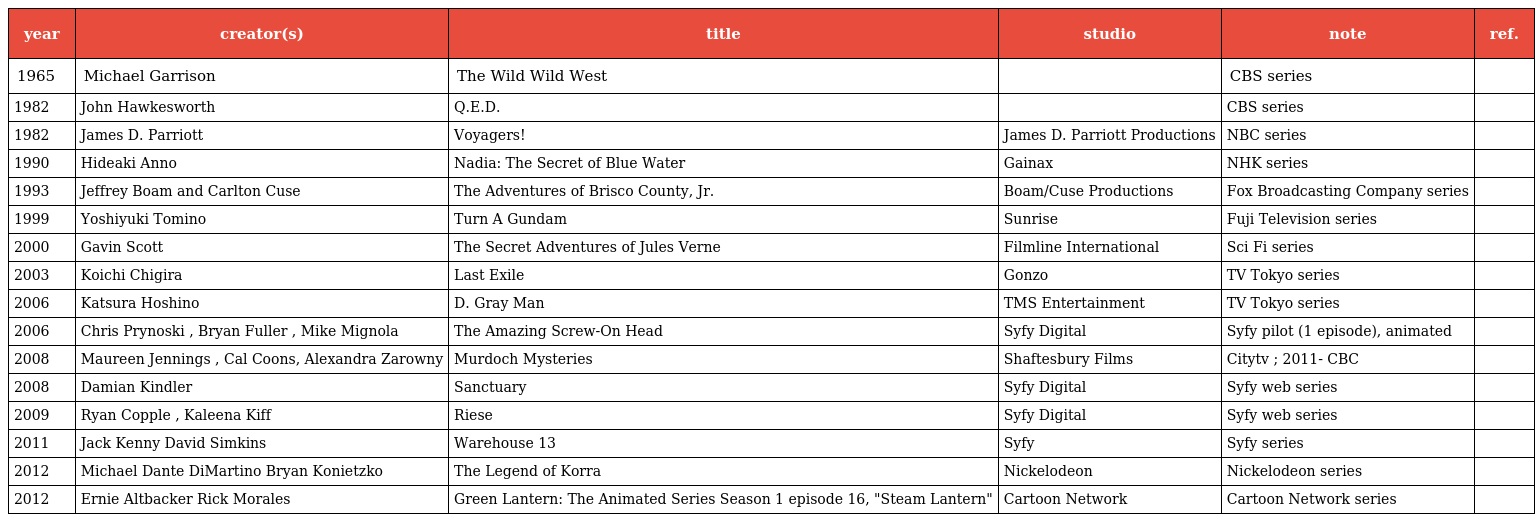
| year | creator(s) | title | studio | note | ref. |
 | --- | --- | --- | --- | --- | --- |
 | 1965 | Michael Garrison | The Wild Wild West |  | CBS series |  |
 | 1982 | John Hawkesworth | Q.E.D. |  | CBS series |  |
 | 1982 | James D. Parriott | Voyagers! | James D. Parriott Productions | NBC series |  |
 | 1990 | Hideaki Anno | Nadia: The Secret of Blue Water | Gainax | NHK series |  |
 | 1993 | Jeffrey Boam and Carlton Cuse | The Adventures of Brisco County, Jr. | Boam/Cuse Productions | Fox Broadcasting Company series |  |
 | 1999 | Yoshiyuki Tomino | Turn A Gundam | Sunrise | Fuji Television series |  |
 | 2000 | Gavin Scott | The Secret Adventures of Jules Verne | Filmline International | Sci Fi series |  |
 | 2003 | Koichi Chigira | Last Exile | Gonzo | TV Tokyo series |  |
 | 2006 | Katsura Hoshino | D. Gray Man | TMS Entertainment | TV Tokyo series |  |
 | 2006 | Chris Prynoski , Bryan Fuller , Mike Mignola | The Amazing Screw-On Head | Syfy Digital | Syfy pilot (1 episode), animated |  |
 | 2008 | Maureen Jennings , Cal Coons, Alexandra Zarowny | Murdoch Mysteries | Shaftesbury Films | Citytv ; 2011- CBC |  |
 | 2008 | Damian Kindler | Sanctuary | Syfy Digital | Syfy web series |  |
 | 2009 | Ryan Copple , Kaleena Kiff | Riese | Syfy Digital | Syfy web series |  |
 | 2011 | Jack Kenny David Simkins | Warehouse 13 | Syfy | Syfy series |  |
 | 2012 | Michael Dante DiMartino Bryan Konietzko | The Legend of Korra | Nickelodeon | Nickelodeon series |  |
 | 2012 | Ernie Altbacker Rick Morales | Green Lantern: The Animated Series Season 1 episode 16, "Steam Lantern" | Cartoon Network | Cartoon Network series |  |